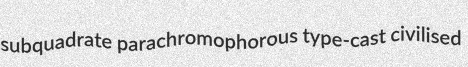
subquadrate parachromophorous type-cast civilised